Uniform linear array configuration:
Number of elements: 32
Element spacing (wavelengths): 0.25
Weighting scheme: hamming
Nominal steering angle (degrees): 60
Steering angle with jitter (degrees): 60.703
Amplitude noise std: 0.05
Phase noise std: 0.05

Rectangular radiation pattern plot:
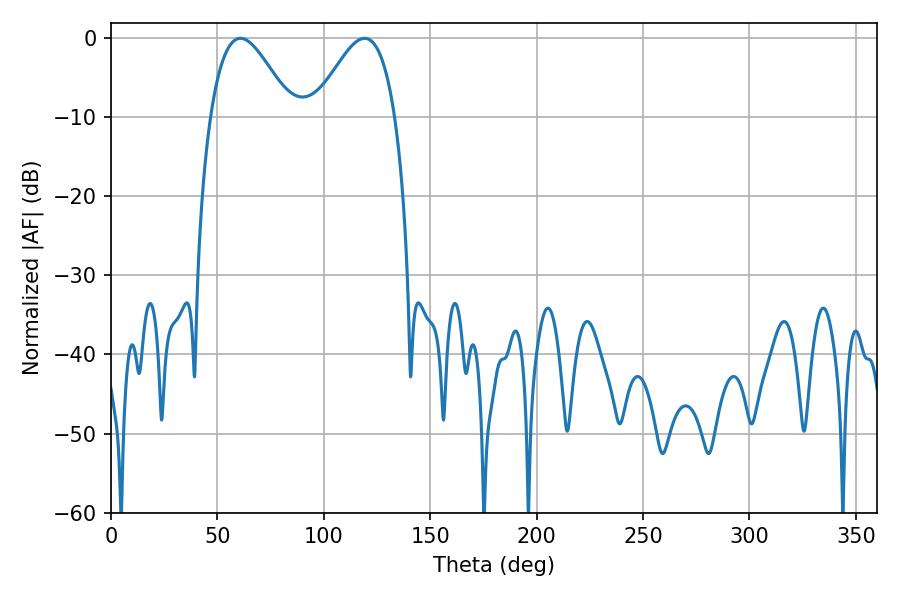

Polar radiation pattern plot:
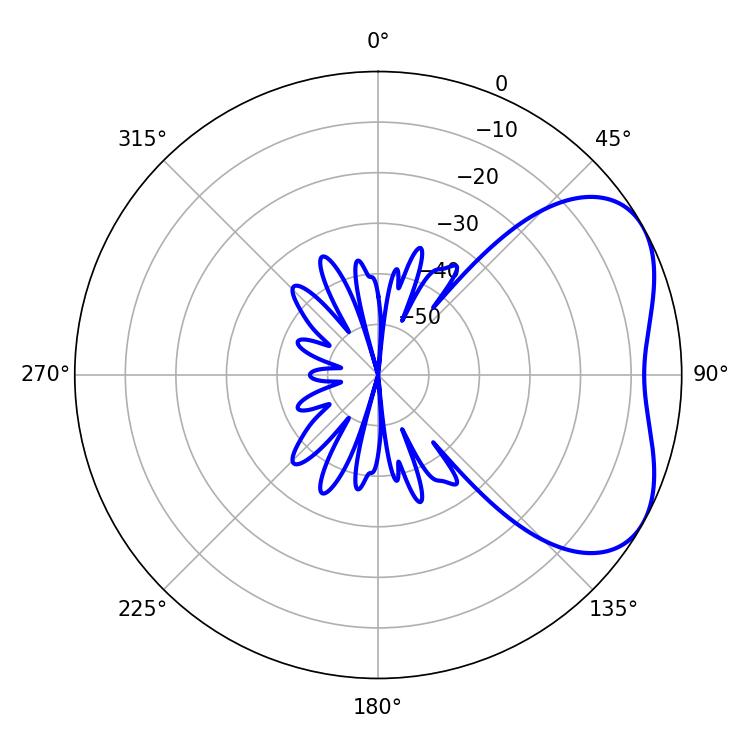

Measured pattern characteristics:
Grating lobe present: FALSE
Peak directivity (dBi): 4.462
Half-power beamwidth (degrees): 20.34
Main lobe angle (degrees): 60.84